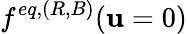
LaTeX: f^{eq,(R,B)}(\mathbf{u}=0)